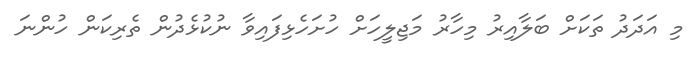
މި އަދަދު ތަކަށް ބަލާއިރު މިހާރު މަޖިލީހަށް ހުށަހެޅިފައިވާ ނުކުޅެދުން ތެރިކަން ހުންނަ